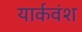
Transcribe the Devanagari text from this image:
यार्कवंश